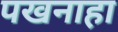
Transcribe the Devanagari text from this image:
पखनाहा